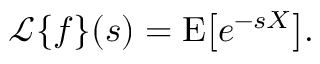
{ \mathcal { L } } \{ f \} ( s ) = \operatorname { E } \! \left[ e ^ { - s X } \right] \! .